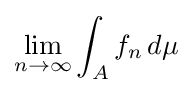
\lim _{n\to \infty }\int _{A}f_{n}\,d\mu